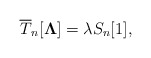
\begin{align*}\overline{T}_{n}[{\bf\Lambda}]=\lambda S_n[1],\end{align*}